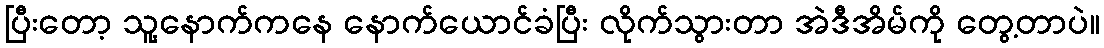
ပြီးတော့ သူ့နောက်ကနေ နောက်ယောင်ခံပြီး လိုက်သွားတာ အဲဒီအိမ်ကို တွေ့တာပဲ။